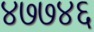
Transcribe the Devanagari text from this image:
४७७४६